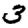
Digit: 3